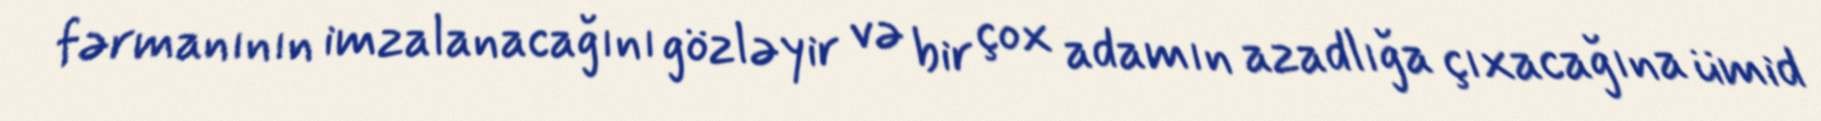
fərmanının imzalanacağını gözləyir və bir çox adamın azadlığa çıxacağına ümid